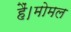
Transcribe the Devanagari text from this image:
हैं।मोमल